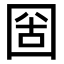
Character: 𡇣